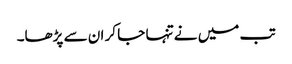
تب میں نے تنہا جا کر ان سے پڑھا۔